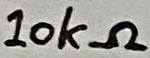
Text: 10kΩ